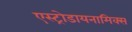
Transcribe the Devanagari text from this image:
एस्ट्रोडायनामिक्स